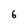
Character: 6